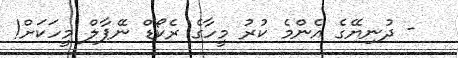
- ދުނިޔޭގެ އެންމެ ކުރު މީހާގެ ރެކޯޑް ނޭޕާލް މީހަކަށް!